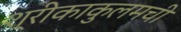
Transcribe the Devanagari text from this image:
श्रीकाकुलमची